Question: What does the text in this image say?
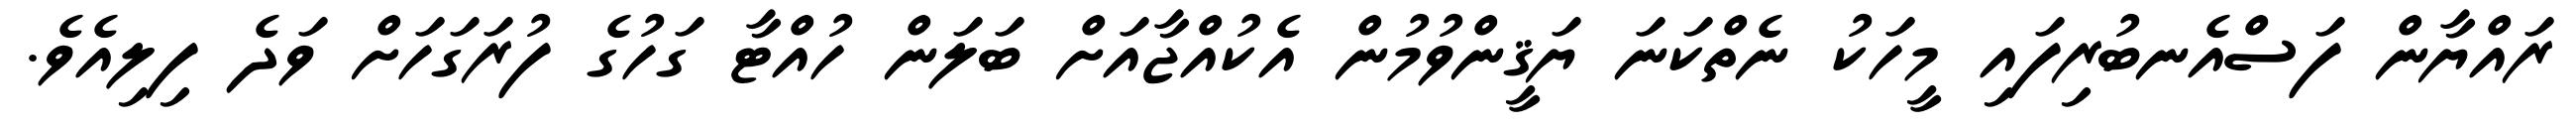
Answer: ރައްޔާން ފަސްއެނބުރިފައި މީހަކު ނެތްކަނަ ޔަޤީންވުމުން އެކުއްޖާއަށް ބަލަން ހުއްޓާ ގަހުގެ ފުރަގަހަށް ވަދެ ފިލިއެވެ.